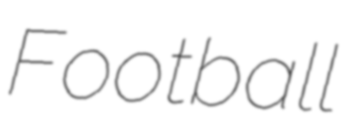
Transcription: Football